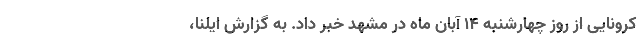
کرونایی از روز چهارشنبه ۱۴ آبان ماه در مشهد خبر داد. به گزارش ایلنا،